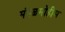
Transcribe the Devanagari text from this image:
मंगळमोहीम